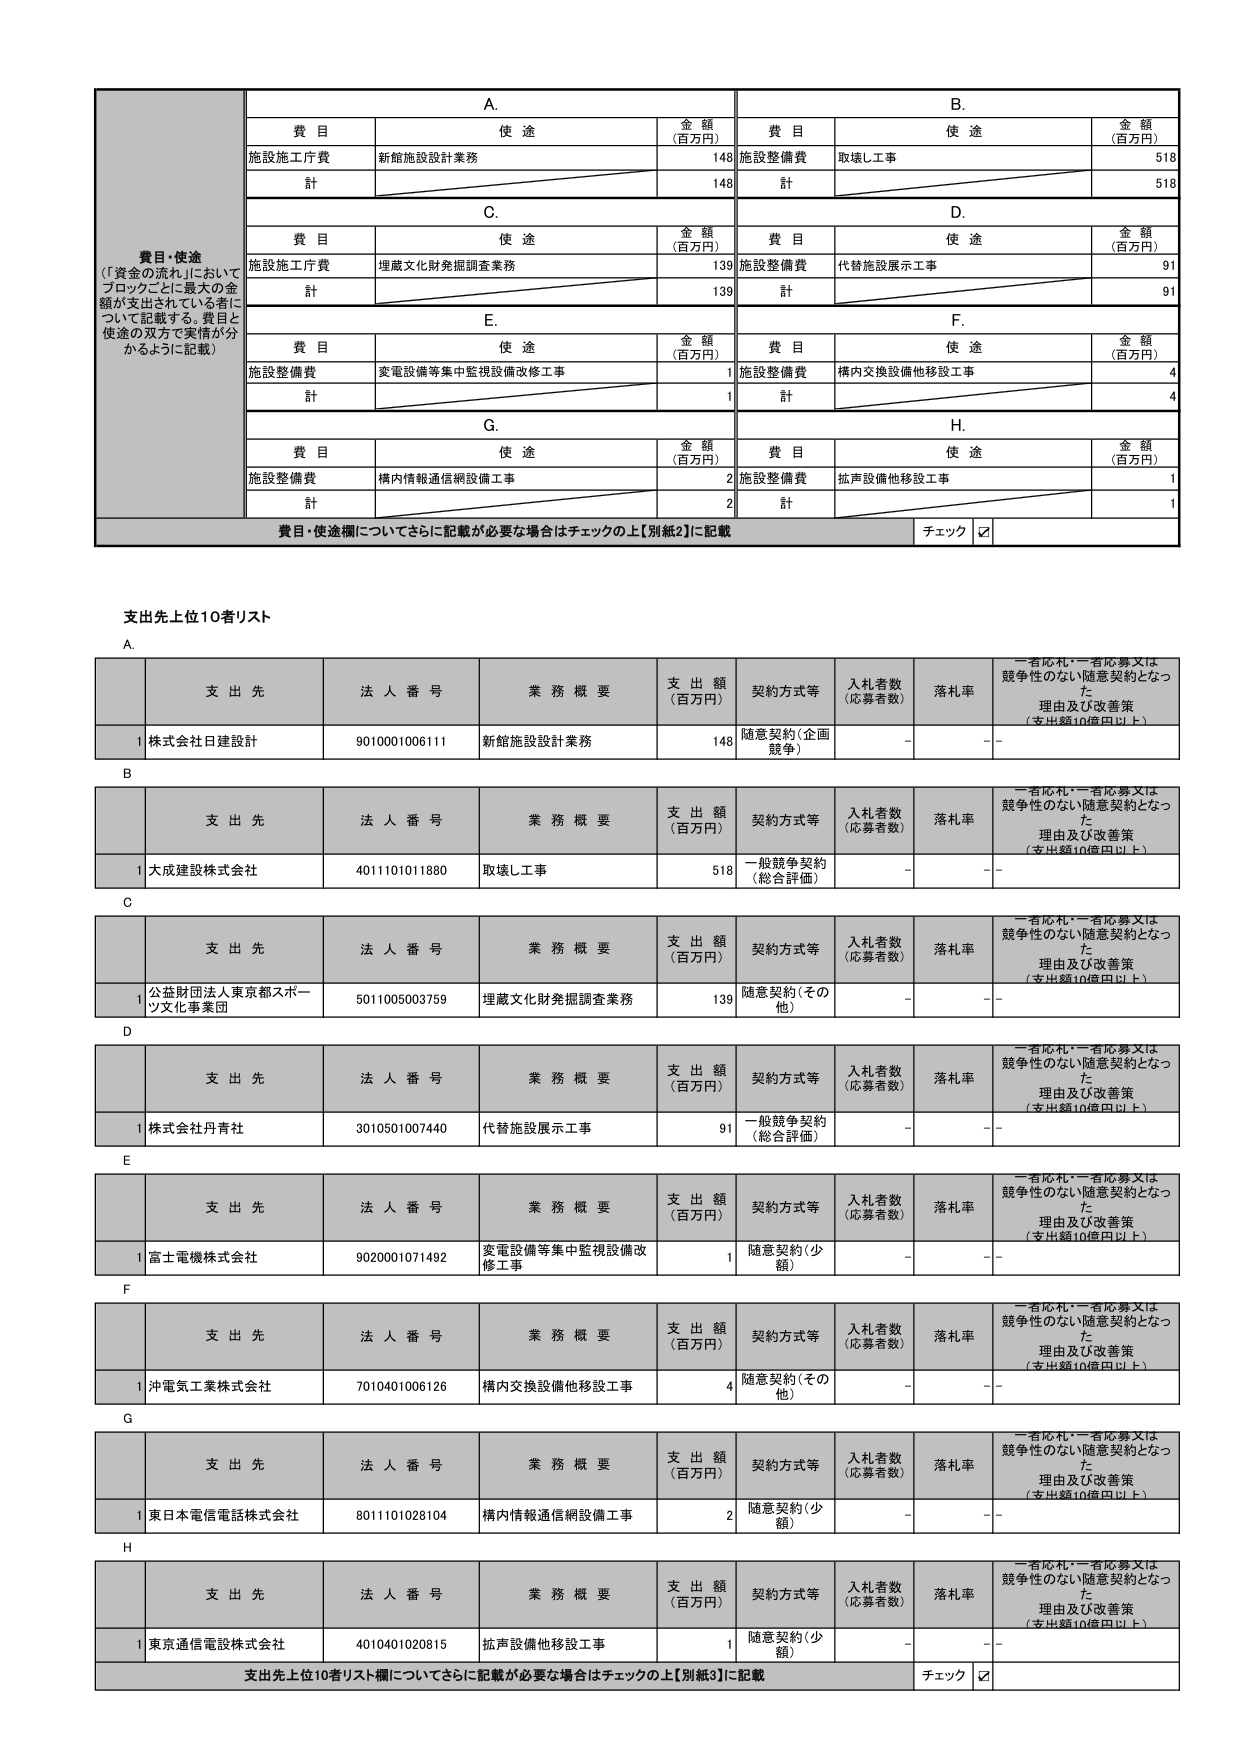
費目・使途
（「資金の流れ」においてブロックごとに最大の金額が支出されている者について記載する。費目と使途の双方で実情が分かるように記載）

A.
費目　　　　　　　使途　　　　　　　金額（百万円）
施設施工庁費　　　新館施設設計業務　　　148
計　　　　　　　　　　　　　　　　　　148

B.
費目　　　　　　　使途　　　　　　　金額（百万円）
施設整備費　　　取壊し工事　　　　　518
計　　　　　　　　　　　　　　　　　　518

C.
費目　　　　　　　使途　　　　　　　金額（百万円）
施設施工庁費　　　埋蔵文化財発掘調査業務　139
計　　　　　　　　　　　　　　　　　　139

D.
費目　　　　　　　使途　　　　　　　金額（百万円）
施設整備費　　　代替施設展示工事　　　91
計　　　　　　　　　　　　　　　　　　91

E.
費目　　　　　　　使途　　　　　　　金額（百万円）
施設整備費　　　変電設備等集中監視設備改修工事　1
計　　　　　　　　　　　　　　　　　　1

F.
費目　　　　　　　使途　　　　　　　金額（百万円）
施設整備費　　　構内交換設備他移設工事　4
計　　　　　　　　　　　　　　　　　　4

G.
費目　　　　　　　使途　　　　　　　金額（百万円）
施設整備費　　　構内情報通信網設備工事　2
計　　　　　　　　　　　　　　　　　　2

H.
費目　　　　　　　使途　　　　　　　金額（百万円）
施設整備費　　　拡声設備他移設工事　1
計　　　　　　　　　　　　　　　　　　1

費目・使途欄についてさらに記載が必要な場合はチェックの上【別紙2】に記載
チェック ☑

支出先上位10者リスト

A.
支 出 先　　　　　法 人 番 号　　　業 務 概 要　　　　　支 出 額（百万円）　契約方式等　　　入札者数（応募者数）　落札率　一者応札・一者応募又は競争性のない随意契約となった理由及び改善策（支出額10億円以上）
1 株式会社日建設計　9010001006111　新館施設設計業務　　148　随意契約（企画競争）　-　-　-

B.
支 出 先　　　　　法 人 番 号　　　業 務 概 要　　　　　支 出 額（百万円）　契約方式等　　　入札者数（応募者数）　落札率　一者応札・一者応募又は競争性のない随意契約となった理由及び改善策（支出額10億円以上）
1 大成建設株式会社　4011101011880　取壊し工事　　　　　518　一般競争契約（総合評価）　-　-　-

C.
支 出 先　　　　　法 人 番 号　　　業 務 概 要　　　　　支 出 額（百万円）　契約方式等　　　入札者数（応募者数）　落札率　一者応札・一者応募又は競争性のない随意契約となった理由及び改善策（支出額10億円以上）
1 公益財団法人東京都スポーツ文化事業団　5011005003759　埋蔵文化財発掘調査業務　139　随意契約（その他）　-　-　-

D.
支 出 先　　　　　法 人 番 号　　　業 務 概 要　　　　　支 出 額（百万円）　契約方式等　　　入札者数（応募者数）　落札率　一者応札・一者応募又は競争性のない随意契約となった理由及び改善策（支出額10億円以上）
1 株式会社丹青社　3010501007440　代替施設展示工事　　91　一般競争契約（総合評価）　-　-　-

E.
支 出 先　　　　　法 人 番 号　　　業 務 概 要　　　　　支 出 額（百万円）　契約方式等　　　入札者数（応募者数）　落札率　一者応札・一者応募又は競争性のない随意契約となった理由及び改善策（支出額10億円以上）
1 富士電機株式会社　9020001071492　変電設備等集中監視設備改修工事　1　随意契約（少額）　-　-　-

F.
支 出 先　　　　　法 人 番 号　　　業 務 概 要　　　　　支 出 額（百万円）　契約方式等　　　入札者数（応募者数）　落札率　一者応札・一者応募又は競争性のない随意契約となった理由及び改善策（支出額10億円以上）
1 沖電気工業株式会社　7010401006126　構内交換設備他移設工事　4　随意契約（その他）　-　-　-

G.
支 出 先　　　　　法 人 番 号　　　業 務 概 要　　　　　支 出 額（百万円）　契約方式等　　　入札者数（応募者数）　落札率　一者応札・一者応募又は競争性のない随意契約となった理由及び改善策（支出額10億円以上）
1 東日本電信電話株式会社　8011101028104　構内情報通信網設備工事　2　随意契約（少額）　-　-　-

H.
支 出 先　　　　　法 人 番 号　　　業 務 概 要　　　　　支 出 額（百万円）　契約方式等　　　入札者数（応募者数）　落札率　一者応札・一者応募又は競争性のない随意契約となった理由及び改善策（支出額10億円以上）
1 東京通信電設株式会社　4010401020815　拡声設備他移設工事　1　随意契約（少額）　-　-　-

支出先上位10者リスト欄についてさらに記載が必要な場合はチェックの上【別紙3】に記載
チェック ☑